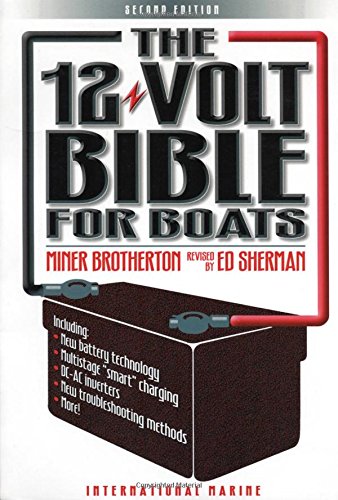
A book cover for The 12-Volt Bible for Boats; Miner Brotherton; Engineering & Transportation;